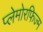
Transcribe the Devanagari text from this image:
प्लेमोरफिज्म